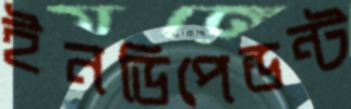
ইনডিপেন্ডন্ট